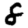
Digit: 8